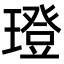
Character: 璒